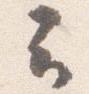
云